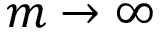
m \to \infty